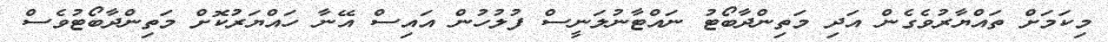
މިކަމަށް ތައްޔާރުވެގެން އަދި މަތިންދާބޯޓު ނައްޓާނުލަނީސް ފުލުހުން އައިސް އޭނާ ހައްޔަރުކޮށް މަތިންދާބޯޓުވެސް